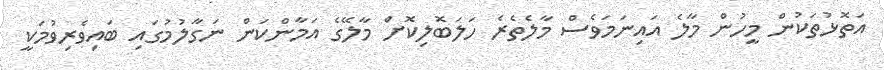
އަތޮޅުތަކުން މީހުން މާލެ އައިނަމަވެސް މާލެތެރެ ހަލަބޮލިކޮށް މާލޭގެ އަމާންކަން ނަގާލުމުގައި ބައިވެރިވުމަކީ